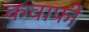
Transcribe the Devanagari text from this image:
कवाफी